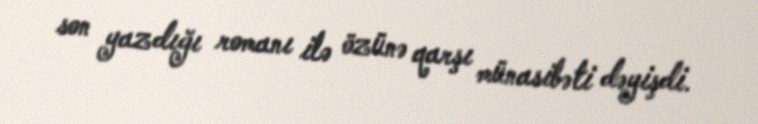
son yazdığı romanı ilə özünə qarşı münasibəti dəyişdi.